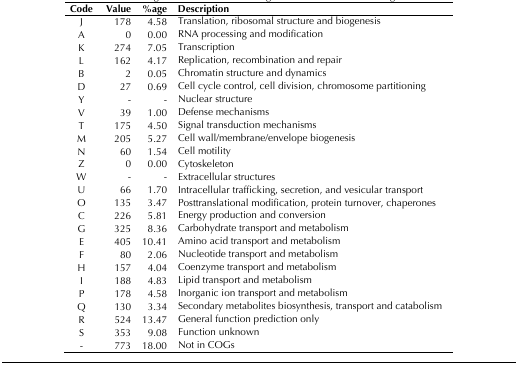
| Code | Value | %age | Description |
 | --- | --- | --- | --- |
 | J | 178 | 4.58 | Translation, ribosomal structure and biogenesis |
 | A | 0 | 0.00 | RNA processing and modification |
 | K | 274 | 7.05 | Transcription |
 | L | 162 | 4.17 | Replication, recombination and repair |
 | B | 2 | 0.05 | Chromatin structure and dynamics |
 | D | 27 | 0.69 | Cell cycle control, cell division, chromosome partitioning |
 | Y | - | - | Nuclear structure |
 | V | 39 | 1.00 | Defense mechanisms |
 | T | 175 | 4.50 | Signal transduction mechanisms |
 | M | 205 | 5.27 | Cell wall/membrane/envelope biogenesis |
 | N | 60 | 1.54 | Cell motility |
 | Z | 0 | 0.00 | Cytoskeleton |
 | W | - | - | Extracellular structures |
 | U | 66 | 1.70 | Intracellular trafficking, secretion, and vesicular transport |
 | O | 135 | 3.47 | Posttranslational modification, protein turnover, chaperones |
 | C | 226 | 5.81 | Energy production and conversion |
 | G | 325 | 8.36 | Carbohydrate transport and metabolism |
 | E | 405 | 10.41 | Amino acid transport and metabolism |
 | F | 80 | 2.06 | Nucleotide transport and metabolism |
 | H | 157 | 4.04 | Coenzyme transport and metabolism |
 | I | 188 | 4.83 | Lipid transport and metabolism |
 | P | 178 | 4.58 | Inorganic ion transport and metabolism |
 | Q | 130 | 3.34 | Secondary metabolites biosynthesis, transport and catabolism |
 | R | 524 | 13.47 | General function prediction only |
 | S | 353 | 9.08 | Function unknown |
 | - | 773 | 18.00 | Not in COGs |